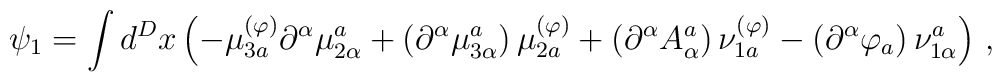
\psi _{1}=\int d^{D}x\left( -\mu _{3a}^{(\varphi )}\partial ^{\alpha }\mu_{2\alpha }^{a}+\left( \partial ^{\alpha }\mu _{3\alpha }^{a}\right) \mu_{2a}^{(\varphi )}+\left( \partial ^{\alpha }A_{\alpha }^{a}\right) \nu_{1a}^{(\varphi )}-\left( \partial ^{\alpha }\varphi _{a}\right) \nu_{1\alpha }^{a}\right) \,,